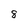
Character: 8